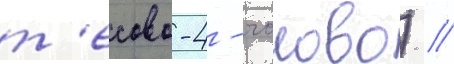
т'есово-4 - чолово) //